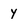
Character: y